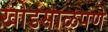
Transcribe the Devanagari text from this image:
खोडसाळपणे